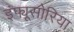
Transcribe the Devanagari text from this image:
इंफ्यूसोरिया